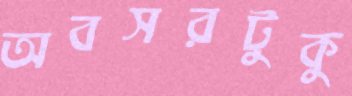
অবসরটুকু